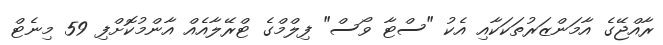
ރާއްޖޭގެ އާމަންޒަރުތަކަކާއި އެކު "ސްޓާ ވޯސް" ފިލްމްގެ ޓްރޭލާއެއް އާންމުކޮށްފި 59 މިނެޓް